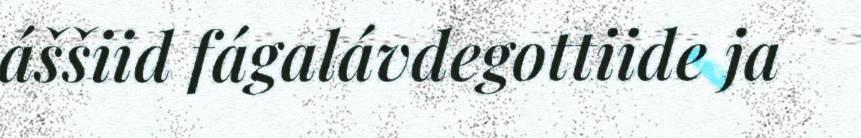
áššiid fágalávdegottiide ja